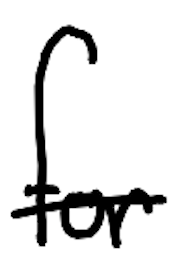
Text: for
Cross-out: single-line
Writing tool: digital_black